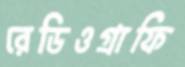
রেডিওগ্রাফি